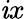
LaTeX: \mathit{i}x